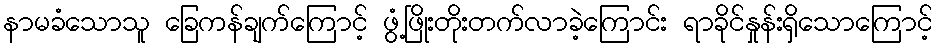
နာမခံသောသူ ခြေကန်ချက်ကြောင့် ဖွံ့ဖြိုးတိုးတက်လာခဲ့ကြောင်း ရာခိုင်နှုန်းရှိသောကြောင့်